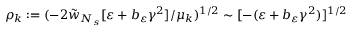
\rho _ { k } : = ( - 2 \tilde { w } _ { N _ { s } } [ \varepsilon + b _ { \varepsilon } \gamma ^ { 2 } ] / \mu _ { k } ) ^ { 1 / 2 } \sim [ - ( \varepsilon + b _ { \varepsilon } \gamma ^ { 2 } ) ] ^ { 1 / 2 }